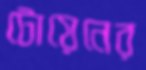
টোয়েনের